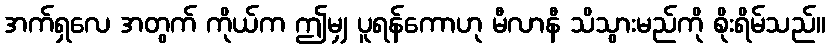
အက်ရှလေ အတွက် ကိုယ်က ဤမျှ ပူရန်ကောဟု မီလာနီ သိသွားမည်ကို စိုးရိမ်သည်။